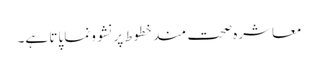
معاشرہ صحت مندخطوط پرنشوونما پاتا ہے۔